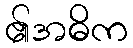
၏အဓိက